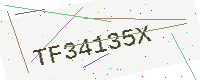
Text: TF34135X